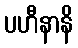
ပဟီနာနိ